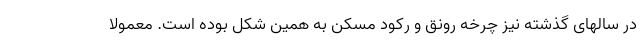
در سالهای گذشته نیز چرخه رونق و رکود مسکن به همین شکل بوده است. معمولا